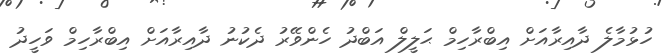
ހުޅުމާލެ ދާއިރާއަށް އިބްރާހިމް ޙަލީލް އަބްދު ހެންވޭރު ދެކުނު ދާއިރާއަށް އިބްރާހިމް ވަހީދު